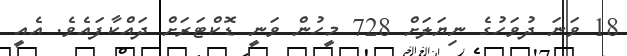
18 ވަނަ ދުވަހުގެ ނިޔަލަށް 728 މީހުން ވަނީ ޑޮކްޓަރަށް ދައްކާފައެވެ. އެއީ